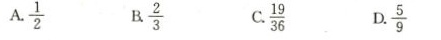
A,\frac{1}{2}B,\frac{2}{3}C,\frac{19}{36}D\frac{5}{9}